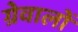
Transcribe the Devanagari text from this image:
ग्रेवालों